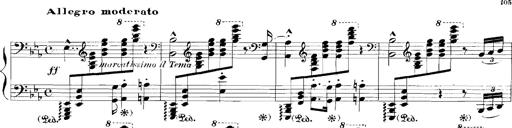
Title: Rhapsodies hongroises
Composer: Franz Liszt